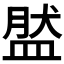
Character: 𥁾